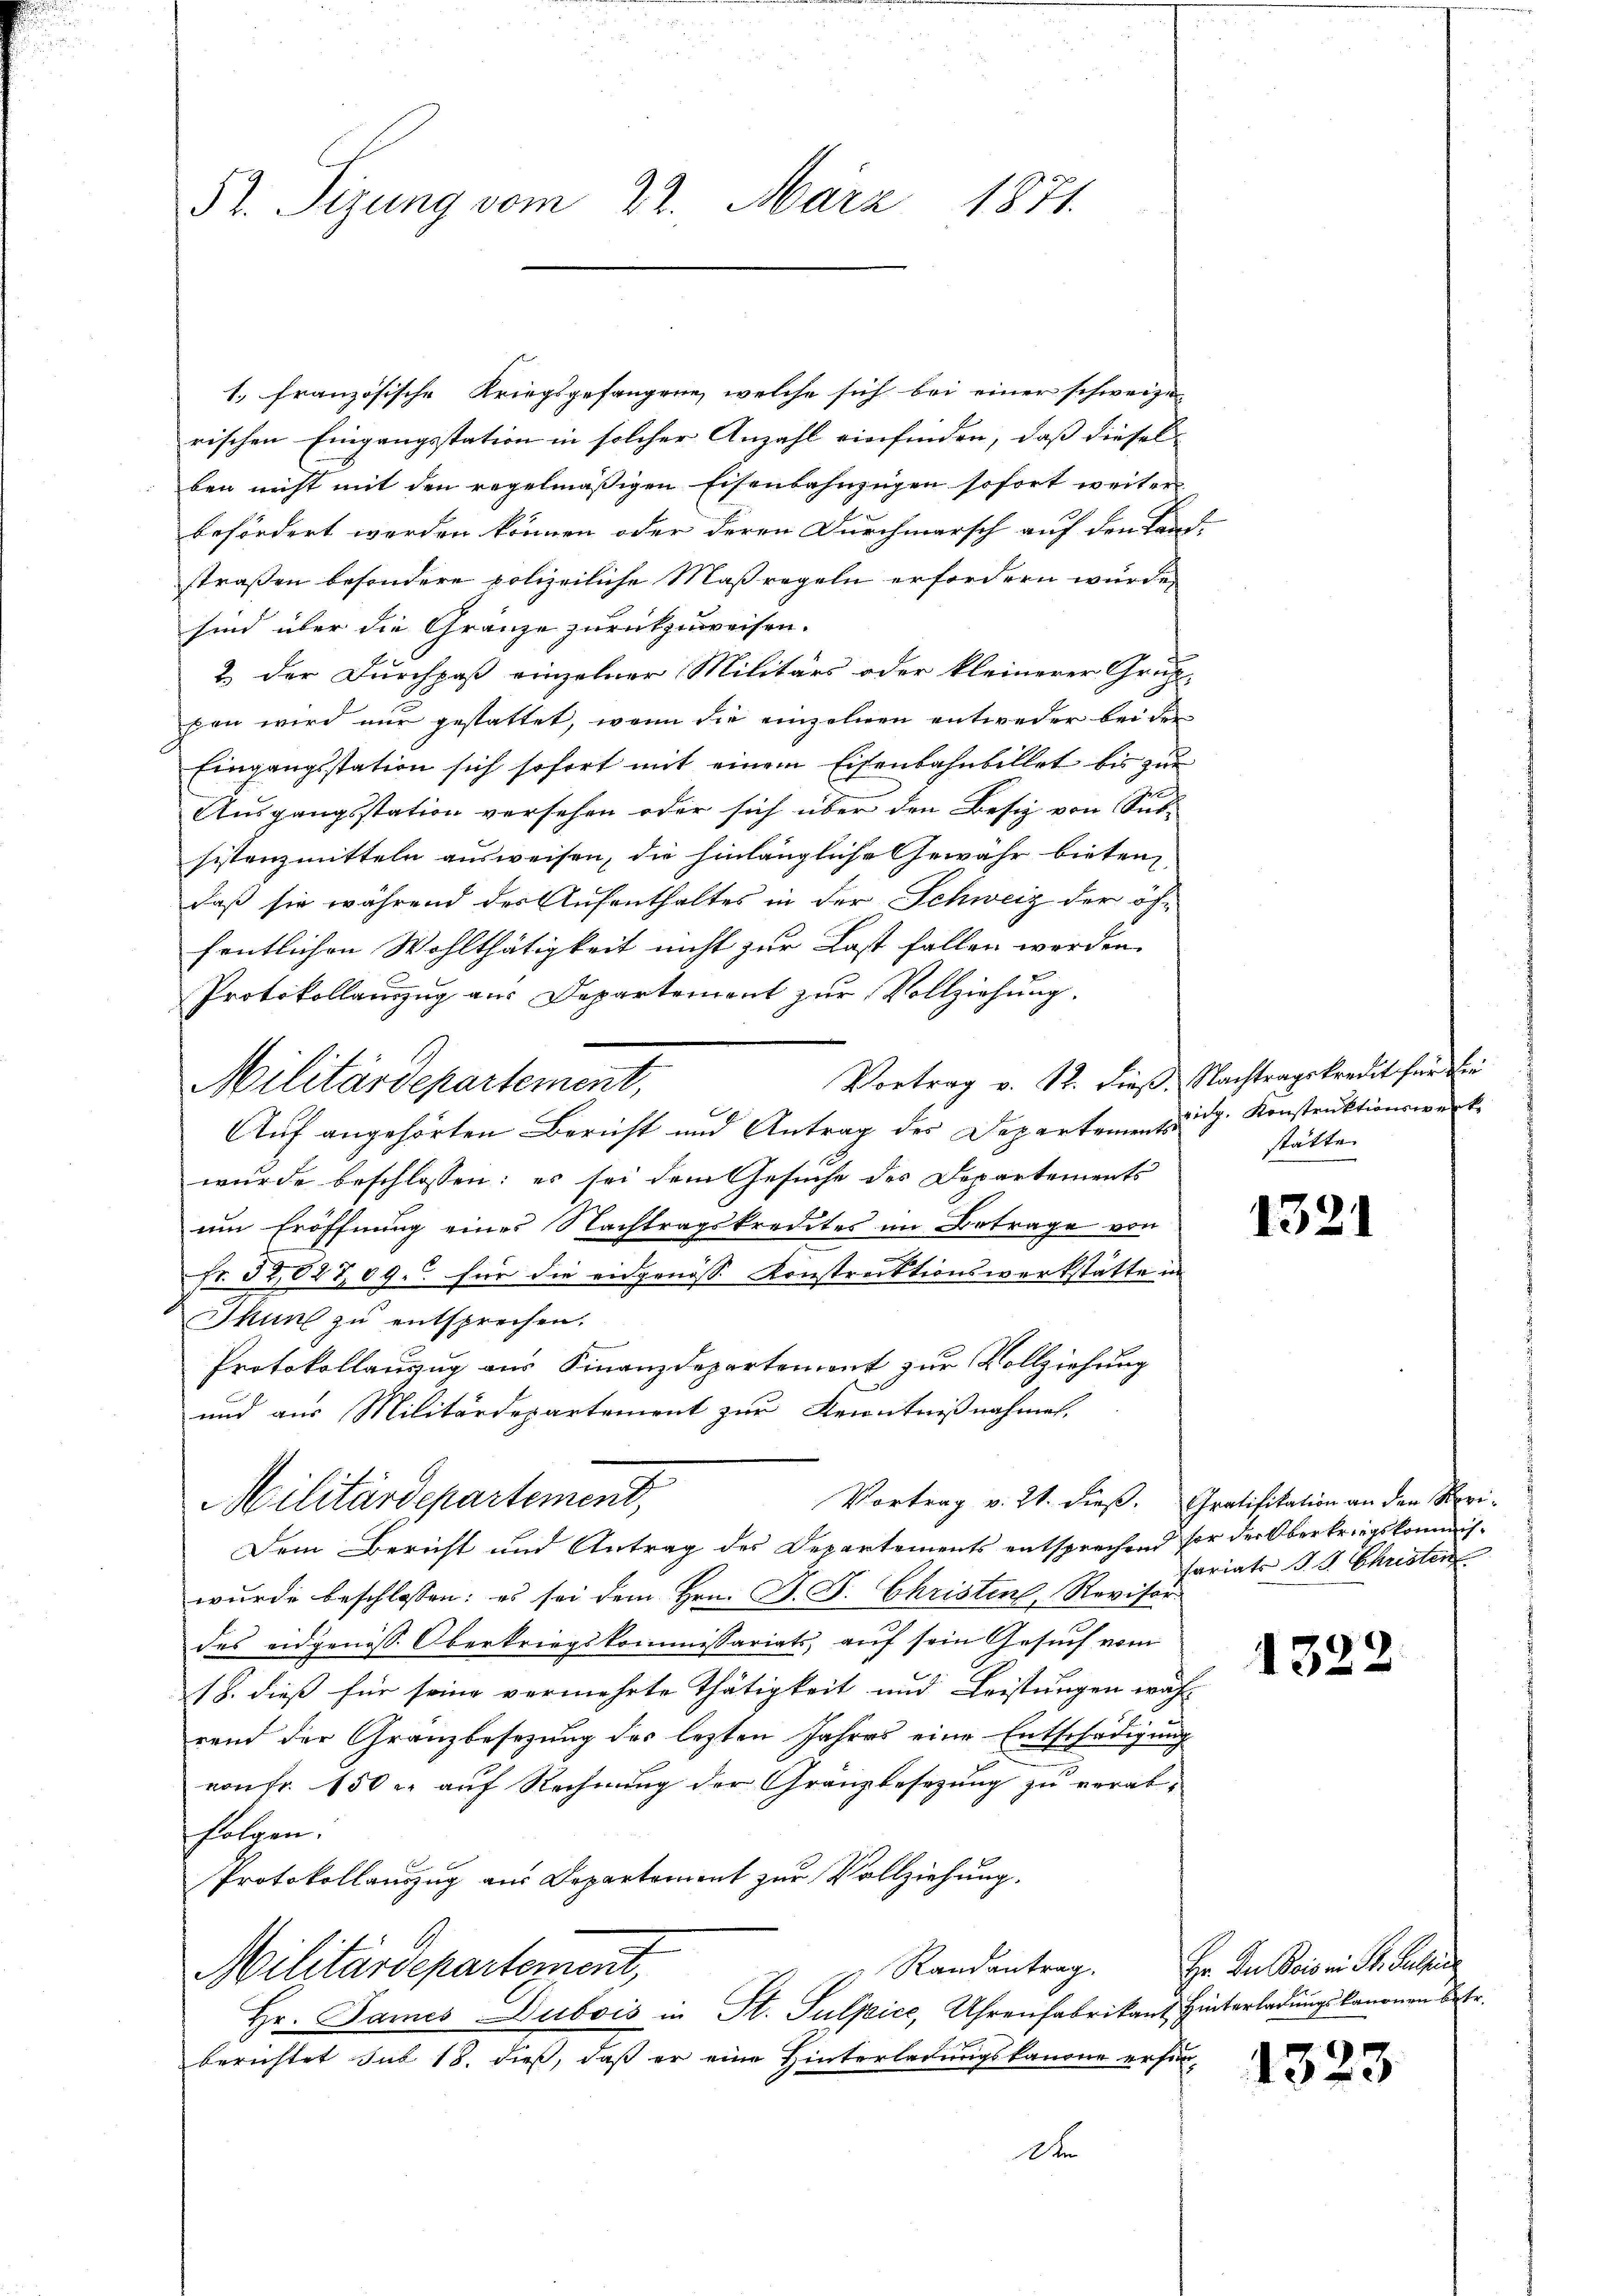
52. Sizung vom 22. März 1871.

Militärdepartement,

1. französische Kriegsgefangene, welche sich bei einer schweize
rischen Eingangsstation in solcher Anzahl einfinden, daß diesel
ben nicht mit den regelmäßigen Eisenbahnzügen sofort weiter
befördert werden können oder deren Durchmarsch auf den Land-
straßen besondere polizeiliche Maßregeln erfordern würde,
sind über die Gränze zurückzuweisen.
2.) Der Durchpaß einzelner Militärs oder kleinerer Grup
ben wird nur gestattet, wenn die einzelnen entweder bei der
Eingangsstation sich sofort mit einem Eisenbahnbillet bis zur
Ausgangsstation versehen oder sich über den Besiz von Sub-
histenzmitteln ausweisen, die hinlängliche Gewähr bieten,
daß sie während des Aufenthaltes in der Schweiz der öffentlichen Wohlthätigkeit nicht zur Last fallen werden.
Protokollauszug aus Departement zur Vollziehung.
Vortrag v. 12. dieß Nachtragskredit für die
Auf angehörten Bericht und Antrag des Departements
wurde beschlossen: es sei dem Gesuche des Departements
um Eröffnung eines Nachtragskredites im Betrage von
Fr. 32,02 709. für die eidgenöss Konstrecktionswerkstätte in
Skunt zu entsprechen.
Protokollauszug aus Finanzdepartemont zur Vollziehung
und aus Militärdepartement zur Kenntnißnahmen,
Vortrag v. 21. dieß. Gratifikation an den Revi¬
Militärdepartement,
Dem Bericht und Antrag des Departements entsprechend sor der Oberkriegskommiswurde beschlossen: es sei dem Hrn. F. J. Christens, Revisor
des eidgenöss. Oberkriegskommissariats, auf sein Gesuch vom
18. dieß für seine vermehrte Thätigkeit und Leistungen wahr
rend der Granzbesezung des lezten Jahres eine Entschädigung
von fr. 150 r. auf Rechnung der Granzbesezung zu verabsalzen.
Protokollauszug aus Departement zur Vollziehung.
Randantrag. Hr. In Beisen St. Galler
Militärdepartement,
Hr. Dames Dubois in St. Pulpice, Uhrenfabrikant Hinterladungskanonen betr.
berichtet sub 18. dieß, daß er eine Hinterladungskanone erfor¬
Dr

vidg. Konstruktionswerk
stätte.

1321

fariats P. G. Christen

1322

1323